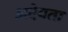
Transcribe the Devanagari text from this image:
अदेयता